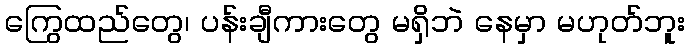
ကြွေထည်တွေ၊ ပန်းချီကားတွေ မရှိဘဲ နေမှာ မဟုတ်ဘူး